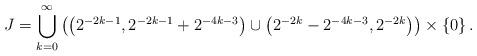
LaTeX: \begin{align*}J = \bigcup_{k=0}^\infty \left(\left(2^{-2k-1},2^{-2k-1}+2^{-4k-3}\right) \cup \left(2^{-2k} -2^{-4k-3},2^{-2k}\right) \right) \times \left\{0\right\}.\end{align*}